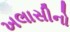
ખલાસીનો